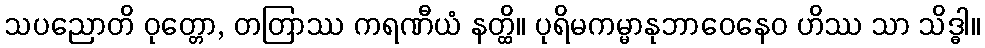
သပညောတိ ဝုတ္တော, တတြာဿ ကရဏီယံ နတ္ထိ။ ပုရိမကမ္မာနုဘာဝေနေဝ ဟိဿ သာ သိဒ္ဓါ။